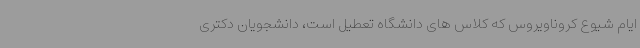
ایام شیوع کروناویروس که کلاس های دانشگاه تعطیل است، دانشجویان دکتری